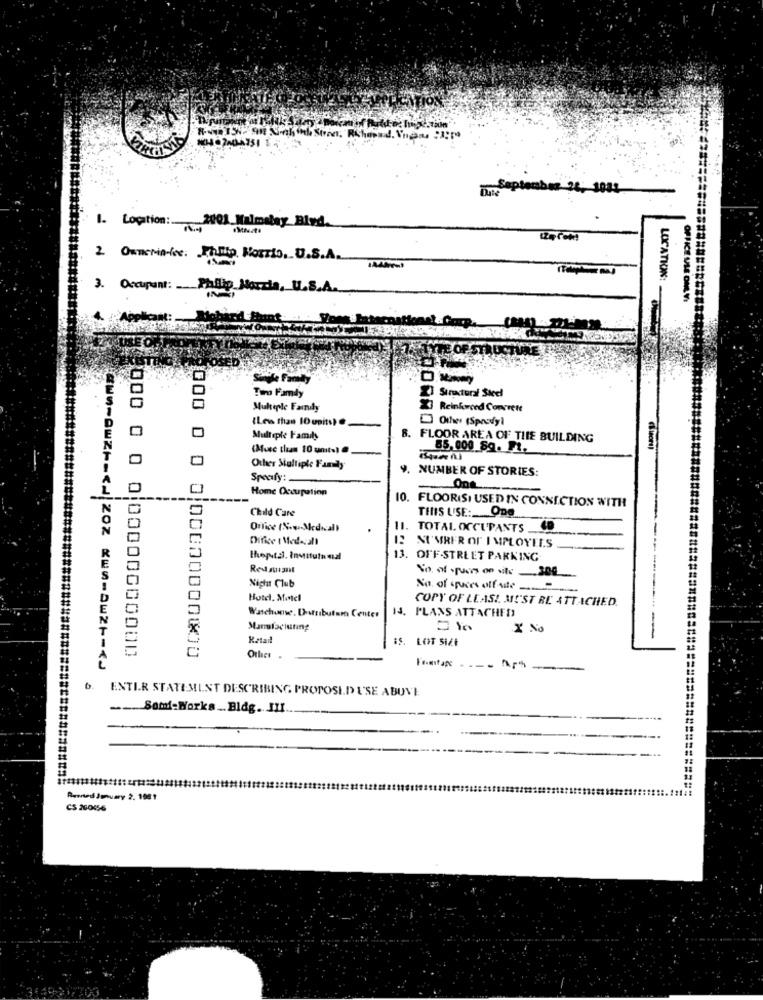
5. September 24: 3081.
2001 Malmalay Blvd.
1. Location :....
2 Owncria-se. Philip Morris, U.S.A.
LOCATION:
3. Occupant: Philip Morris, U.S.A.
OFFICE ULS OML VI
Applicant:
Single Family
Tiro Famdy
Strastural Steel
Muheple Faindly
XReinforced Concrete
(Less than 10 units) .
Other (Spondy]
Multiple Family
8. FLOOR AREA OF THE BUILDING
(Mute than 10 units)
85,000 Sq. F1.
Other Multiple Family
9. NUMBER OF STORIES:
Spoofy:
Home Occupation
Ons
10.
Child Care
FLOORISI USED IN CONNECTION WITH
THIS USE: ODO
Office (%.w .- Medical)
11.
TOTAL OCCUPANTS
Office (Med-call
12 SIMRER OF I MPLOYEES
thepts. Insituta nal
13. OFF-STREET PARKING
Redsuit
So, of spurs on site .300
Night Club
No. of spuces off site
Hotel. Motel
COPY OF LEASI MUST BE ATTACHED.
IJ. PLANS ATTACHED
Watchumse. Drtributan Center
Manufacturing
X No
Retail
:S. LOT SIZE
---
000 0 0 0 00000000000
000 0 0 0,00000000000
Other .
-><|202 0-0w25 -< J
Formutape
ENTIR STATEMENT DESCRIBING PROPOSID USE ABOVE
.Som-Works ... Bldg. JII.
Rented January 2. 1081
CS 200456